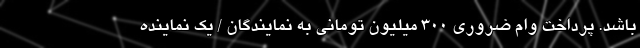
باشد. پرداخت وام ضروری ۳۰۰ میلیون تومانی به نمایندگان / یک نماینده